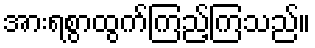
အားရစွာထွက်ကြည့်ကြသည်။